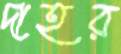
দাহর